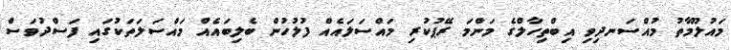
މައުލޫމާތު މުއްސަނދިވި އިބްތިހާލްގެ މަންމަ ރޭޕުކުރި މައްސަލައެއް ފުލުހުން ބެލިބައެއް މައްސަލަތަކުގައި ފަސްދުވަސް